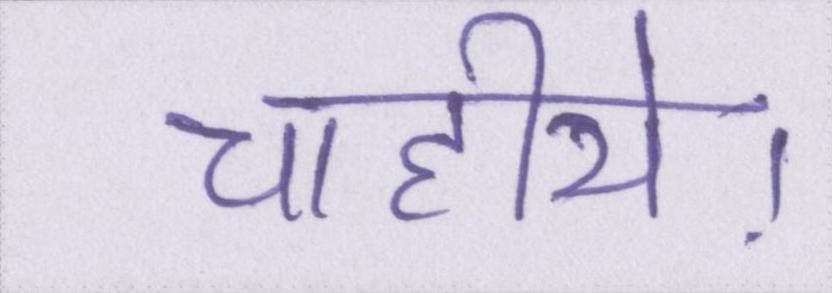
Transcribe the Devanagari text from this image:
चाहीये।